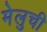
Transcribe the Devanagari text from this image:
मेलुची